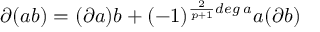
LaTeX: \partial ( a b ) = ( \partial a ) b + ( - 1 ) ^ { \frac { 2 } { p + 1 } d e g \; a } a ( \partial b )